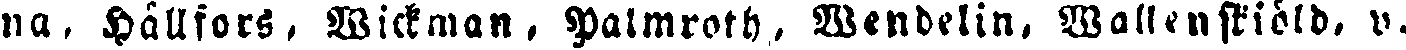
na, Hällfors, Wickman, Palmroth, Wendelin, Wallenskidid. v.